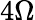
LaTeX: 4\Omega